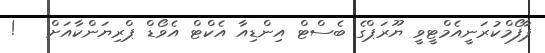
ޕާފޯމްކުރަނީއެމްޓީވީ ޔޫރަޕްގެ ބެސްޓް އިންޑިއާ އެކްޓްް އެވޯޑް ޕްރިޔަންކާއަށް   !